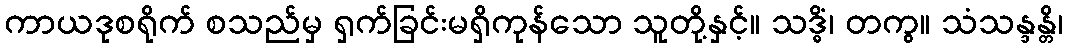
ကာယဒုစရိုက် စသည်မှ ရှက်ခြင်းမရှိကုန်သော သူတို့နှင့်။ သဒ္ဓိံ၊ တကွ။ သံသန္ဒန္တိ၊